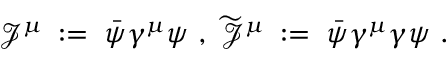
{ \mathcal J } ^ { \mu } \; : = \; \bar { \psi } \gamma ^ { \mu } \psi \ , \ \widetilde { { \mathcal J } } ^ { \mu } \; : = \; \bar { \psi } \gamma ^ { \mu } \gamma \psi \ .